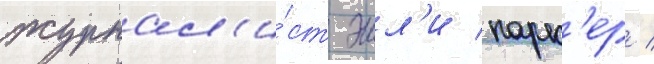
журнал'и́ст эшл'и парк'ер /